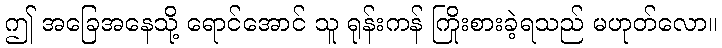
ဤ အခြေအနေသို့ ရောင်အောင် သူ ရုန်းကန် ကြိုးစားခဲ့ရသည် မဟုတ်လော။